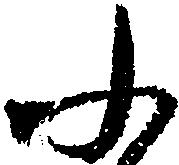
ふ